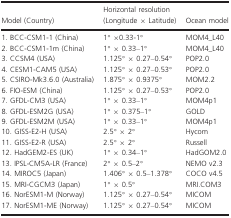
<table><thead><tr><td><b>Model (Country)</b></td><td><b>Horizontal resolution (Longitude × Latitude)</b></td><td><b>Ocean model</b></td></tr></thead><tbody><tr><td>1. BCC-CSM1-1 (China)</td><td>1° ×0.33-1°</td><td>MOM4_L40</td></tr><tr><td>2. BCC-CSM1-1m (China)</td><td>1° × 0.33–1°</td><td>MOM4_L40</td></tr><tr><td>3. CCSM4 (USA)</td><td>1.125° × 0.27–0.54°</td><td>POP2.0</td></tr><tr><td>4. CESM1-CAM5 (USA)</td><td>1.125° × 0.27–0.53°</td><td>POP2.0</td></tr><tr><td>5. CSIRO-Mk3.6.0 (Australia)</td><td>1.875° × 0.9375°</td><td>MOM2.2</td></tr><tr><td>6. FIO-ESM (China)</td><td>1.125° × 0.27–0.53°</td><td>POP2.0</td></tr><tr><td>7. GFDL-CM3 (USA)</td><td>1° × 0.33–1°</td><td>MOM4p1</td></tr><tr><td>8. GFDL-ESM2G (USA)</td><td>1° × 0.375–1°</td><td>GOLD</td></tr><tr><td>9. GFDL-ESM2M (USA)</td><td>1° × 0.33–1°</td><td>MOM4p1</td></tr><tr><td>10. GISS-E2-H (USA)</td><td>2.5° × 2°</td><td>Hycom</td></tr><tr><td>11. GISS-E2-R (USA)</td><td>2.5° × 2°</td><td>Russell</td></tr><tr><td>12. HadGEM2-ES (UK)</td><td>1° × 0.34–1°</td><td>HadGOM2.0</td></tr><tr><td>13. IPSL-CM5A-LR (France)</td><td>2° × 0.5–2°</td><td>NEMO v2.3</td></tr><tr><td>14. MIROC5 (Japan)</td><td>1.406° × 0.5–1.378°</td><td>COCO v4.5</td></tr><tr><td>15. MRI-CGCM3 (Japan)</td><td>1° × 0.5°</td><td>MRI.COM3</td></tr><tr><td>16. NorESM1-M (Norway)</td><td>1.125° × 0.27–0.54°</td><td>MICOM</td></tr><tr><td>17. NorESM1-ME (Norway)</td><td>1.125° × 0.27–0.54°</td><td>MICOM</td></tr></tbody></table>